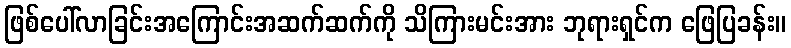
ဖြစ်ပေါ်လာခြင်းအကြောင်းအဆက်ဆက်ကို သိကြားမင်းအား ဘုရားရှင်က ဖြေပြခန်း။